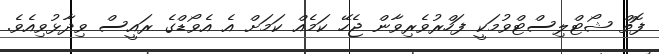
ފޮތް ޝޯޓްލިސްޓްވުމަކީ ފަހްރުވެރިވާން ޖެހޭ ކަމެއް ކަމަށް އެ އެވޯޑްގެ ރައީސް ވިދާޅުވިއެވެ.